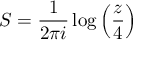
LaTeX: S = \frac { 1 } { 2 \pi i } \log \left( \frac { z } { 4 } \right)